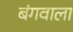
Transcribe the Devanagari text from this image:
बंगवाला